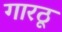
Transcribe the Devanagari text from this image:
गारठू